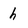
Character: h